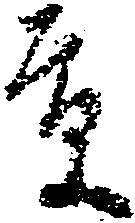
貢